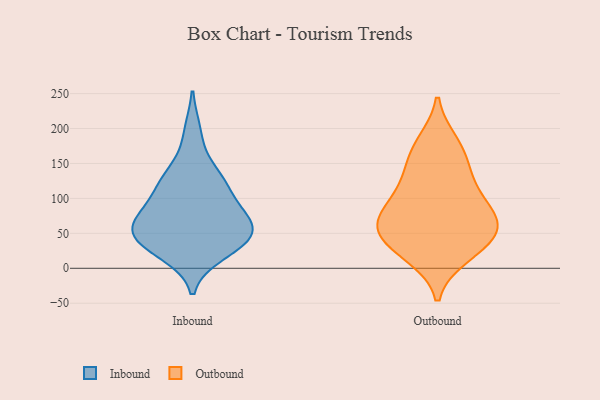
{"axis": {"x": "Headcount", "y": "Value"}, "legend": ["Inbound", "Outbound"], "data": [{"x": "", "y": 194, "type": "Inbound"}, {"x": "", "y": 68, "type": "Inbound"}, {"x": "", "y": 45, "type": "Inbound"}, {"x": "", "y": 41, "type": "Inbound"}, {"x": "", "y": 72, "type": "Inbound"}, {"x": "", "y": 113, "type": "Inbound"}, {"x": "", "y": 22, "type": "Inbound"}, {"x": "", "y": 129, "type": "Inbound"}, {"x": "", "y": 136, "type": "Inbound"}, {"x": "", "y": 33, "type": "Inbound"}, {"x": "", "y": 54, "type": "Inbound"}, {"x": "", "y": 75, "type": "Inbound"}, {"x": "", "y": 71, "type": "Inbound"}, {"x": "", "y": 37, "type": "Inbound"}, {"x": "", "y": 114, "type": "Inbound"}, {"x": "", "y": 85, "type": "Outbound"}, {"x": "", "y": 97, "type": "Outbound"}, {"x": "", "y": 26, "type": "Outbound"}, {"x": "", "y": 30, "type": "Outbound"}, {"x": "", "y": 57, "type": "Outbound"}, {"x": "", "y": 173, "type": "Outbound"}, {"x": "", "y": 180, "type": "Outbound"}, {"x": "", "y": 56, "type": "Outbound"}, {"x": "", "y": 18, "type": "Outbound"}, {"x": "", "y": 145, "type": "Outbound"}, {"x": "", "y": 61, "type": "Outbound"}, {"x": "", "y": 72, "type": "Outbound"}, {"x": "", "y": 134, "type": "Outbound"}, {"x": "", "y": 110, "type": "Outbound"}, {"x": "", "y": 56, "type": "Outbound"}]}